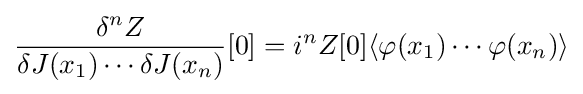
{\frac {\delta ^{n}Z}{\delta J(x_{1})\cdots \delta J(x_{n})}}[0]=i^{n}Z[0]\langle \varphi (x_{1})\cdots \varphi (x_{n})\rangle